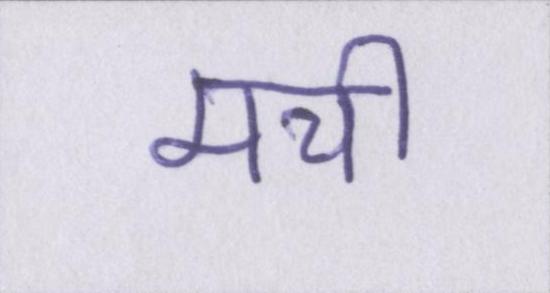
मची